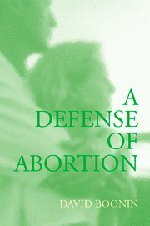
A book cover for A Defense of Abortion (Cambridge Studies in Philosophy and Public Policy); David Boonin; Politics & Social Sciences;